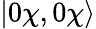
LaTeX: |0\chi,0\chi\rangle